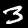
Digit: 3